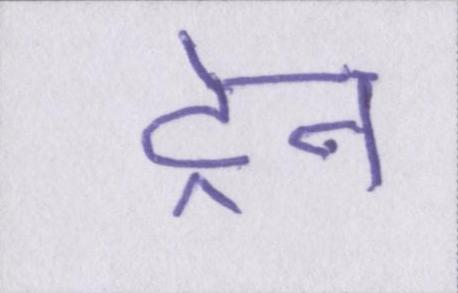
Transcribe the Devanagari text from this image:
ट्रेन